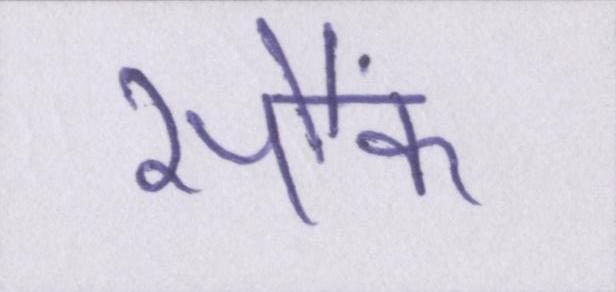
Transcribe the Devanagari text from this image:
सौंफ